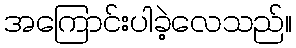
အကြောင်းပါခဲ့လေသည်။